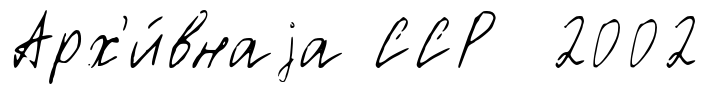
Арх'и́внаjа ССР 2002